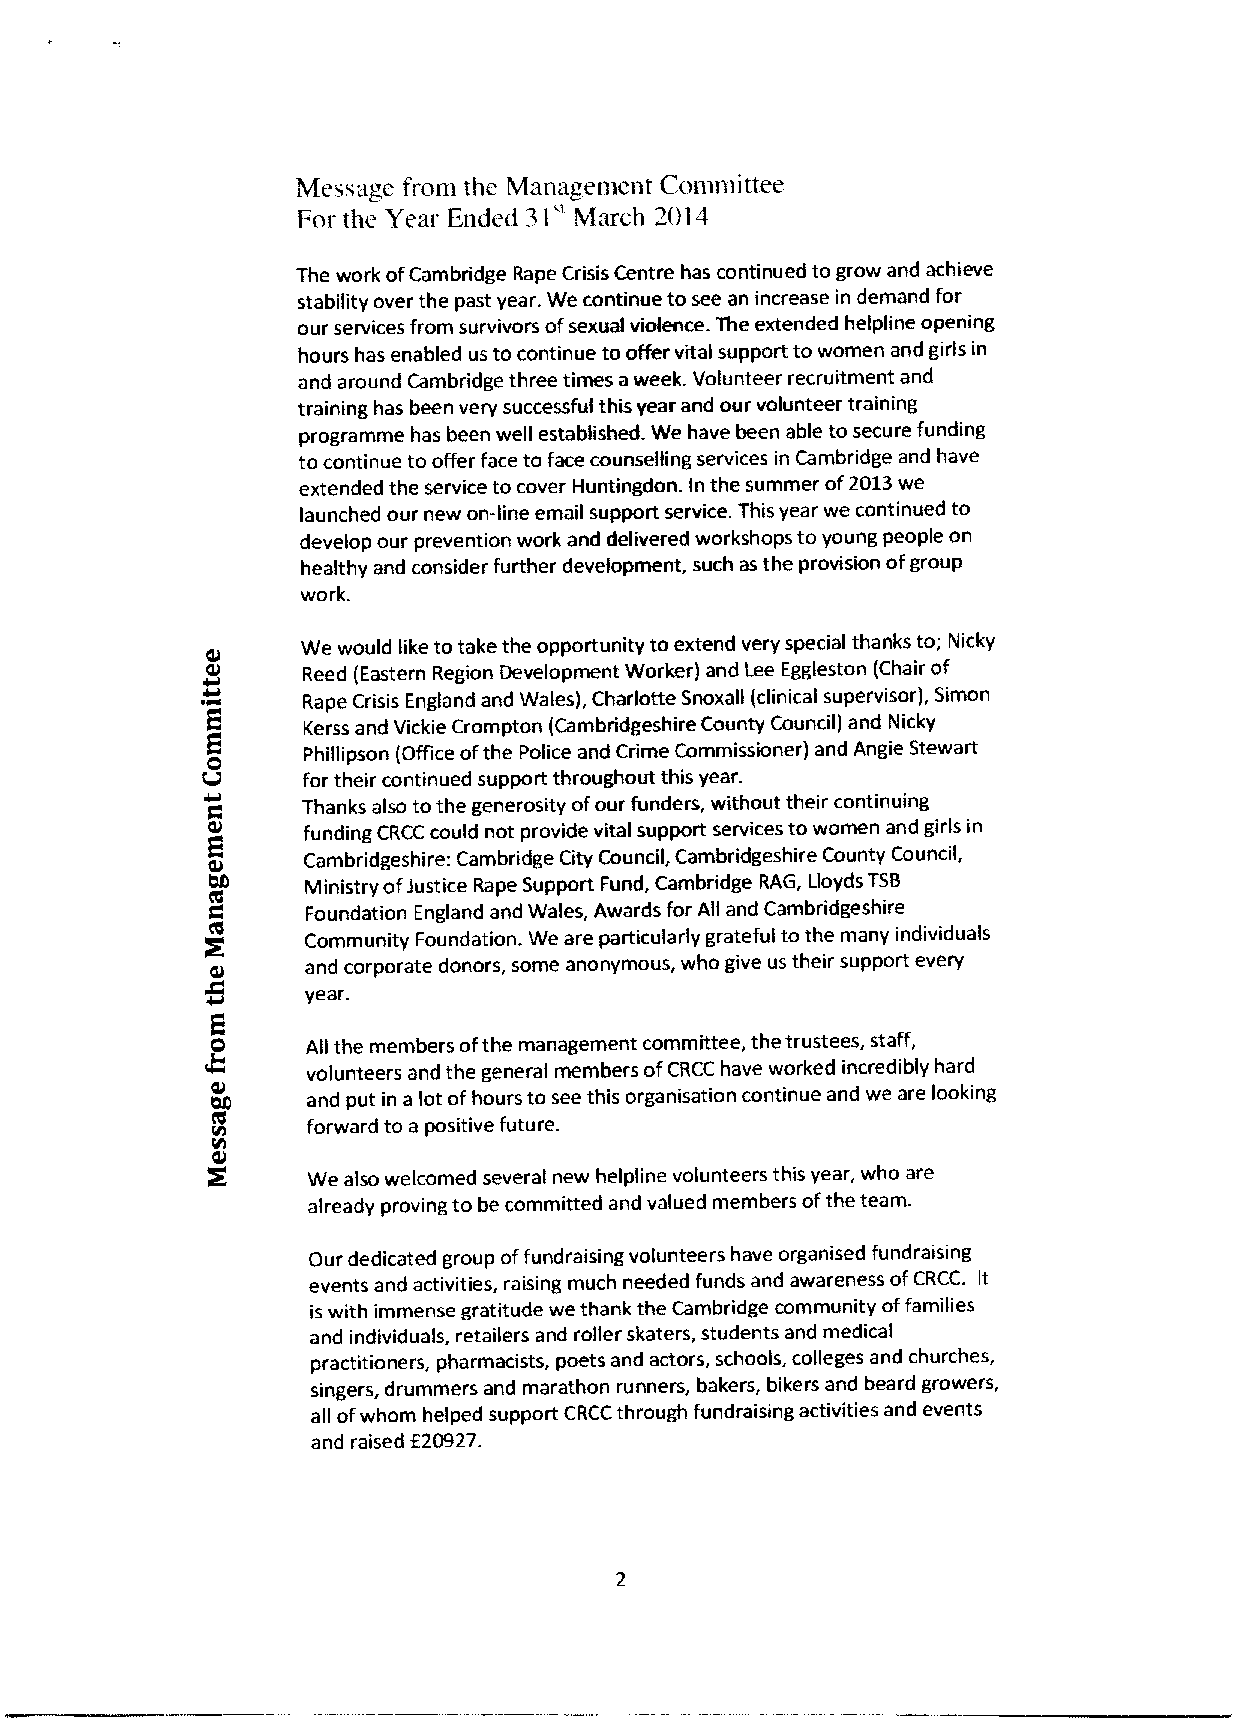
Message from the Management Comn&ittee
 31"
 For the Year Ended March 2014
 The work ofCambridge Rape Crisis Centre has continued to grow and achieve
 stability over the past year. We continue to see an increase in demand for
 our services from survivors ofsexual violence The extended helpline opening
 hours has enabled us to continue to offer vital support to women and girls in
 and around Cambridge three times aweek. Volunteer recruitment and
 training has been very successful this year and our volunteer training
 programme has been well established We have been able to secure funding
 to continue to offer face to face counselling services in Cambridge and have
 extended the service to cover Huntingdon ln the summer of2013we
 launched our new on-line email support service. This year we continued to
 develop our prevention work and delivered workshops to young people on
 healthy and consider further development, such as the provision ofgroup
 work.
 We would like to take the opportunity to extend very special thanks to; Nicky
 Reed (Eastern Region Development Worker) and Lee Eggleston (Chair of
 Rape Crisis England and Wales), Charlotte Snoxall (clinical supervisor), Simon
 Kerss and Vickie Crompton (Carnbridgeshire County Council) and Nicky
 Phillipson (Office ofthe Police and Crime Commissioner) and Angie Stewart
 for their continued support throughout this year.
 Thanks also tothe generosity ofour funders, without their continuing
 funding CRCC could not provide vital support services to women and girls in
 Cambridgeshire: Cambridge City Council, Cambridgeshire County Council,
 Ministry ofJustice Rape Support Fund, Cambridge RAG, Lloyds TSB
 Foundation England and Wales, Awards for All and Cambridgeshire
 Community Foundation. We are particularly grateful to the many individuals
 and corporate donors, some anonymous, who give us their support every
 year.
 All the members ofthe management committee, the trustees, staff,
 volunteers and the general members ofCRCC have worked incredibly hard
 and put in a lot ofhours to see this organisation continue and we are looking
 forward to a positive future.
 We also welcomed several new helpline volunteers this year, who are
 already proving to be committed and valued members ofthe team.
 Our dedicated group offundraising volunteers have organised fundraising
 events and activities, raising much needed funds and awareness ofCRCC. It
 is with immense gratitude we thank the Cambridge community offamilies
 and individuals, retailers and roller skaters, students and medical
 practitioners, pharmacists, poets and actors, schools, colleges and churches,
 singers, drummers and marathon runners, bakers, bikers and beard growers,
 all ofwhom helped support CRCCthrough fundraising activities and events
 f
 and raised 20927